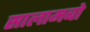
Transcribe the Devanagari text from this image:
सालामबो